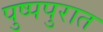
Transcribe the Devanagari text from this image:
पुष्पपुरात